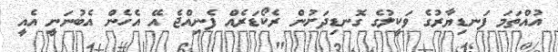
އުއްތަމަ ފަނޑިޔާރުގެ ވަކީލުގެ ގޮނޑިދަށުން ރެކޯޑަރެއް ފެނިއްޖެ އޭ އެހެން އެބުނަނީ އެއީ